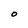
Character: O